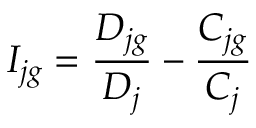
I _ { j g } = \frac { D _ { j g } } { D _ { j } } - \frac { C _ { j g } } { C _ { j } }